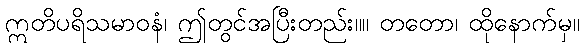
ဣတိပရိသမာဝနံ၊ ဤတွင်အပြီးတည်း။။ တတော၊ ထိုနောက်မှ။